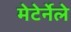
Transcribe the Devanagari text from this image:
मेटेर्नेले